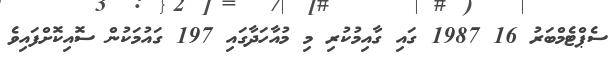
ސެޕްޓެމްބަރު 16 1987 ގައި ގާއިމުކުރި މި މުއާހަދާގައި 197 ގައުމަކުން ސޮއިކޮށްފައިވެ